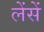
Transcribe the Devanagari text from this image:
लेंसें